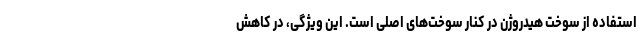
استفاده از سوخت هیدروژن در کنار سوخت‌های اصلی است. این ویژگی، در کاهش